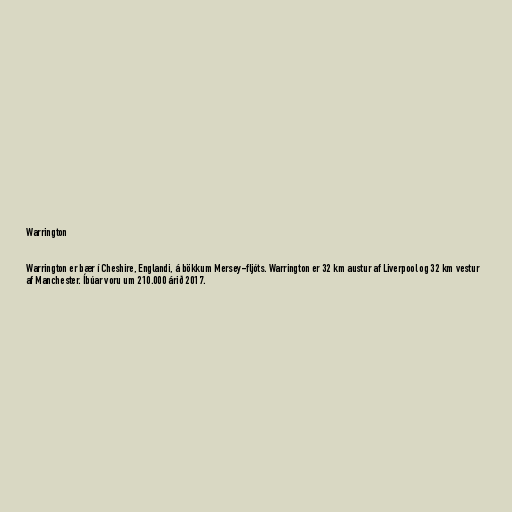
Warrington

Warrington er bær í Cheshire, Englandi, á bökkum Mersey-fljóts. Warrington er 32 km austur af Liverpool og 32 km vestur
af Manchester. Íbúar voru um 210.000 árið 2017.